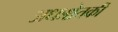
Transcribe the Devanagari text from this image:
अधःश्चेतकी